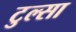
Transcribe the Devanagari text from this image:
टुल्‍सा